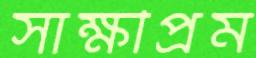
সাক্ষীপ্রম